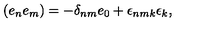
( e _ { n } e _ { m } ) = - \delta _ { n m } e _ { 0 } + \epsilon _ { n m k } \epsilon _ { k } ,